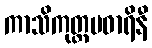
ကာသိကုတ္တမဓာရိနီ